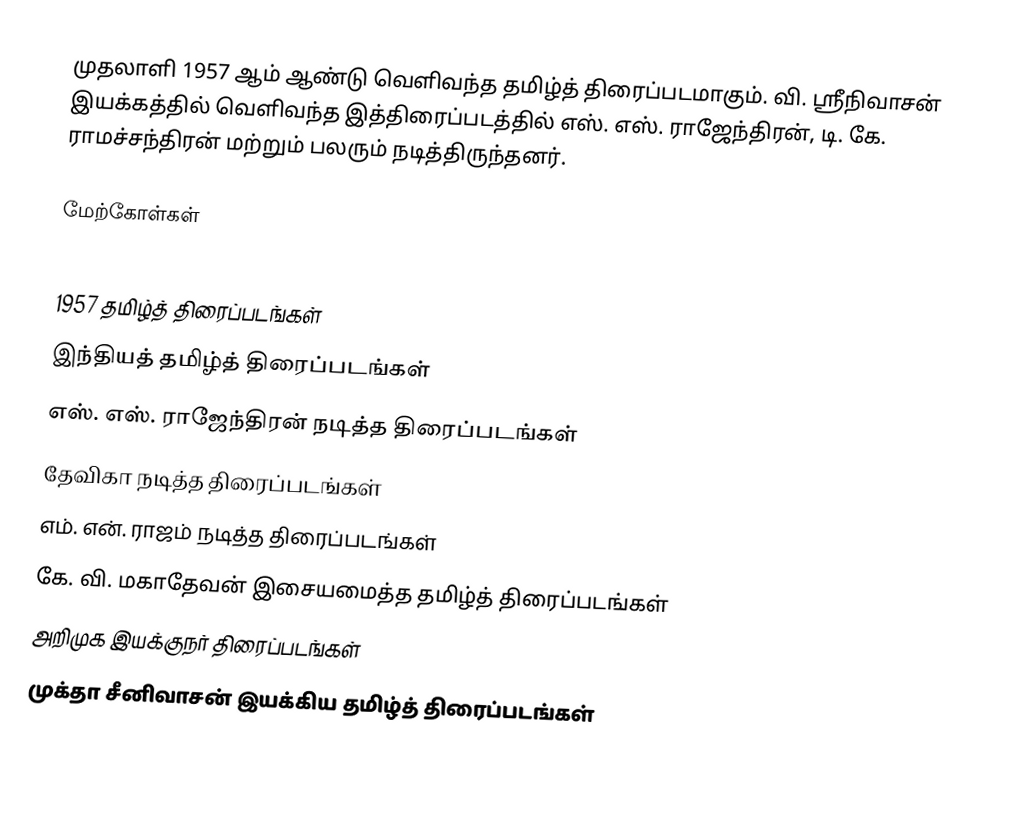
முதலாளி 1957 ஆம் ஆண்டு வெளிவந்த தமிழ்த் திரைப்படமாகும். வி. ஸ்ரீநிவாசன் இயக்கத்தில் வெளிவந்த இத்திரைப்படத்தில் எஸ். எஸ். ராஜேந்திரன், டி. கே. ராமச்சந்திரன் மற்றும் பலரும் நடித்திருந்தனர்.

மேற்கோள்கள்

1957 தமிழ்த் திரைப்படங்கள்
இந்தியத் தமிழ்த் திரைப்படங்கள்
எஸ். எஸ். ராஜேந்திரன் நடித்த திரைப்படங்கள்
தேவிகா நடித்த திரைப்படங்கள்
எம். என். ராஜம் நடித்த திரைப்படங்கள்
கே. வி. மகாதேவன் இசையமைத்த தமிழ்த் திரைப்படங்கள்
அறிமுக இயக்குநர் திரைப்படங்கள்
முக்தா சீனிவாசன் இயக்கிய தமிழ்த் திரைப்படங்கள்